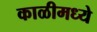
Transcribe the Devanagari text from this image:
काळीमध्ये